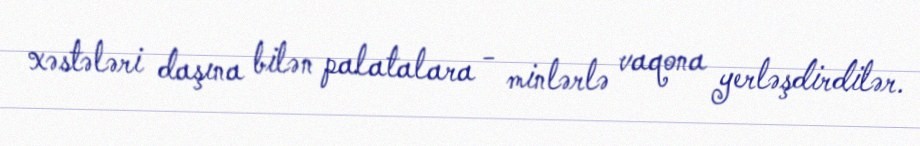
xəstələri daşına bilən palatalara - minlərlə vaqona yerləşdirdilər.